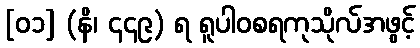
[၀၁] (နိ၊ ၄၄၉) ရ ရူပါဝစရကုသိုလ်အဖွင့်